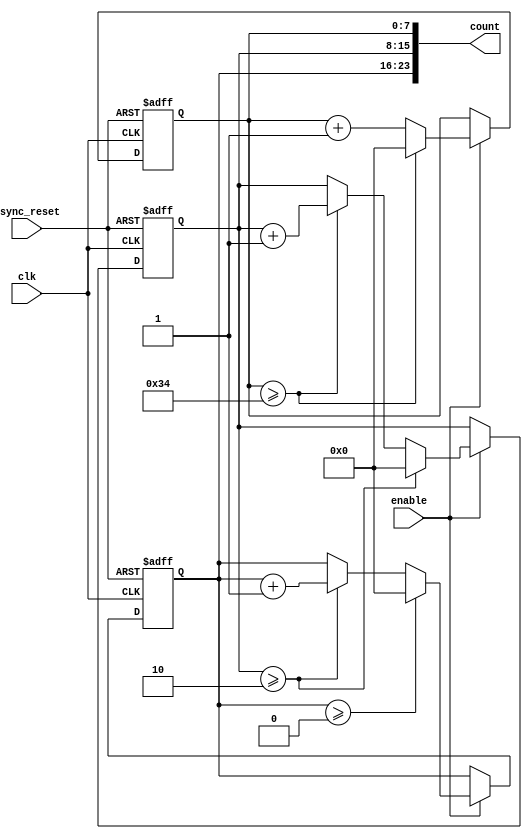
module MixedRadixCounter #(
    parameter NUM_STAGES = 3,       // Number of stages in the counter
    parameter [NUM_STAGES*8-1:0] RADIXES = 24'h2_3_4 // Radix values for each stage (2, 3, 4)
)(
    input wire clk,                  // Clock input
    input wire async_reset,          // Asynchronous reset
    input wire enable,               // Enable signal
    output reg [NUM_STAGES*8-1:0] count // Output count in mixed-radix format
);

    // Internal registers to hold the count values for each stage
    reg [7:0] stage [0:NUM_STAGES-1];

    integer i;

    // Initial block to reset stages
    initial begin
        for (i = 0; i < NUM_STAGES; i = i + 1) begin
            stage[i] = 8'd0; // Initialize stages to zero
        end
    end

    // Counting logic
    always @(posedge clk or posedge async_reset) begin
        if (async_reset) begin
            // Reset all stages
            for (i = 0; i < NUM_STAGES; i = i + 1) begin
                stage[i] <= 8'd0;
            end
        end else if (enable) begin
            // LSB increments
            stage[0] <= stage[0] + 1;

            // Handle carry over for each stage
            for (i = 0; i < NUM_STAGES; i = i + 1) begin
                if (stage[i] >= RADIXES[i*8 +: 8]) begin // Check if it exceeds the radix range
                    stage[i] <= 8'd0; // Reset current stage to zero
                    if (i + 1 < NUM_STAGES) begin
                        stage[i + 1] <= stage[i + 1] + 1; // Carry to the next stage
                    end
                end
            end
        end
    end

    // Concatenate the stage counts to form the final count output
    always @* begin
        count = {stage[NUM_STAGES-1], stage[NUM_STAGES-2], stage[NUM_STAGES-3]};
    end

endmodule